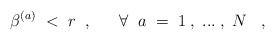
\begin{align*}\beta^{(a)} \; < \; r\; \; , \; \; \; \; \; \; \forall \; \;a \; = \; 1\; , \; ... \; , \; N \; \; \; ,\end{align*}